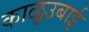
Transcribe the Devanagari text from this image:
काळुउबाई